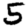
Digit: 5